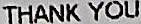
THANK YOU